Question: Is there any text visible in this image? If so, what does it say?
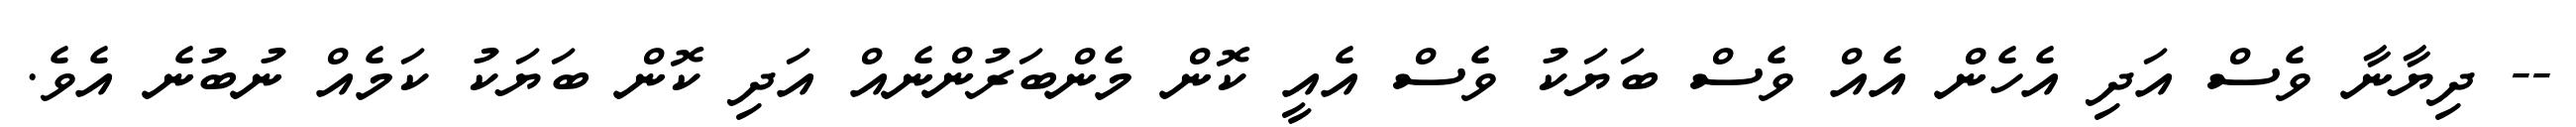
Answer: -- ދިޔާނާ ވެސް އަދި އެހެން އެއް ވެސް ބަޔަކު ވެސް އެއީ ކޮން މެންބަރުންނެއް އަދި ކޮން ބަޔަކު ކަމެއް ނުބުނެ އެވެ.